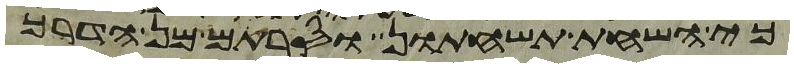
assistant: כי השחת תשחתון וסרתם מן הדרך